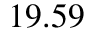
1 9 . 5 9